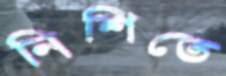
নিশিতে